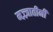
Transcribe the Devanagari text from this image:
मज़्ज़ातीनी